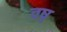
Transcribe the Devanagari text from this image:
वष्र